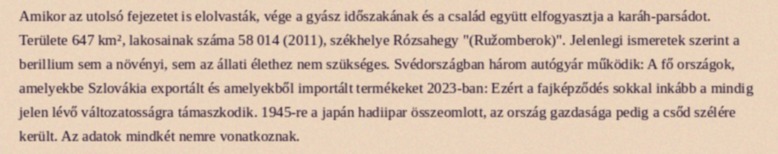
Amikor az utolsó fejezetet is elolvasták, vége a gyász időszakának és a család együtt elfogyasztja a karáh-parsádot. Területe 647 km², lakosainak száma 58 014 (2011), székhelye Rózsahegy "(Ružomberok)". Jelenlegi ismeretek szerint a berillium sem a növényi, sem az állati élethez nem szükséges. Svédországban három autógyár működik: A fő országok, amelyekbe Szlovákia exportált és amelyekből importált termékeket 2023-ban: Ezért a fajképződés sokkal inkább a mindig jelen lévő változatosságra támaszkodik. 1945-re a japán hadiipar összeomlott, az ország gazdasága pedig a csőd szélére került. Az adatok mindkét nemre vonatkoznak.